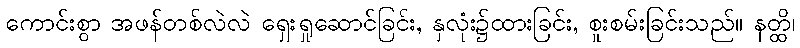
ကောင်းစွာ အဖန်တစ်လဲလဲ ရှေးရှုဆောင်ခြင်း, နှလုံး၌ထားခြင်း, စူးစမ်းခြင်းသည်။ နတ္ထိ၊